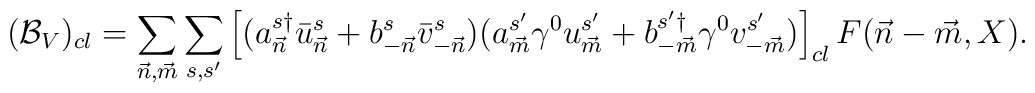
({\cal B}_V)_{cl} = \sum_{{\vec n},{\vec m}} \sum_{s,s'} \left[(a^{s\dagger}_{\vec n} \bar{u}^s_{\vec n} +b^{s}_{-{\vec n}} \bar{v}^s_{-{\vec n}})(a^{s'}_{\vec m}\gamma^0 u^{s'}_{\vec m} +b^{s'\dagger}_{-{\vec m}}\gamma^0 v^{s'}_{-{\vec m}})\right]_{cl}F({\vec n}-{\vec m},X).